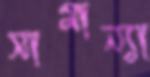
সামান্যা